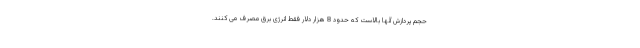
حجم پردازش آنها بالاست که حدود 8 هزار دلار فقط انرژی برق مصرف می کنند.